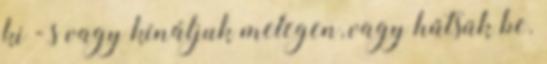
ki - s vagy kínáljuk melegen, vagy hűtsük be.